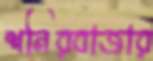
শনিরবাজার